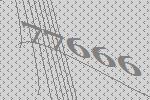
77666